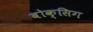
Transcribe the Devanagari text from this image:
बोक्सिग